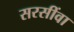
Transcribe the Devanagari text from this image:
सरसींवा